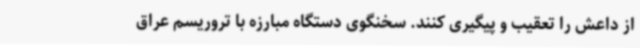
از داعش را تعقیب و پیگیری کنند. سخنگوی دستگاه مبارزه با تروریسم عراق